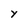
Character: Y